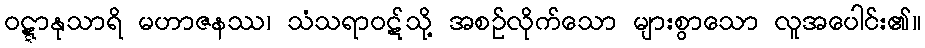
ဝဋ္ဋာနုသာရိ မဟာဇနဿ၊ သံသရာဝဋ်သို့ အစဉ်လိုက်သော များစွာသော လူအပေါင်း၏။